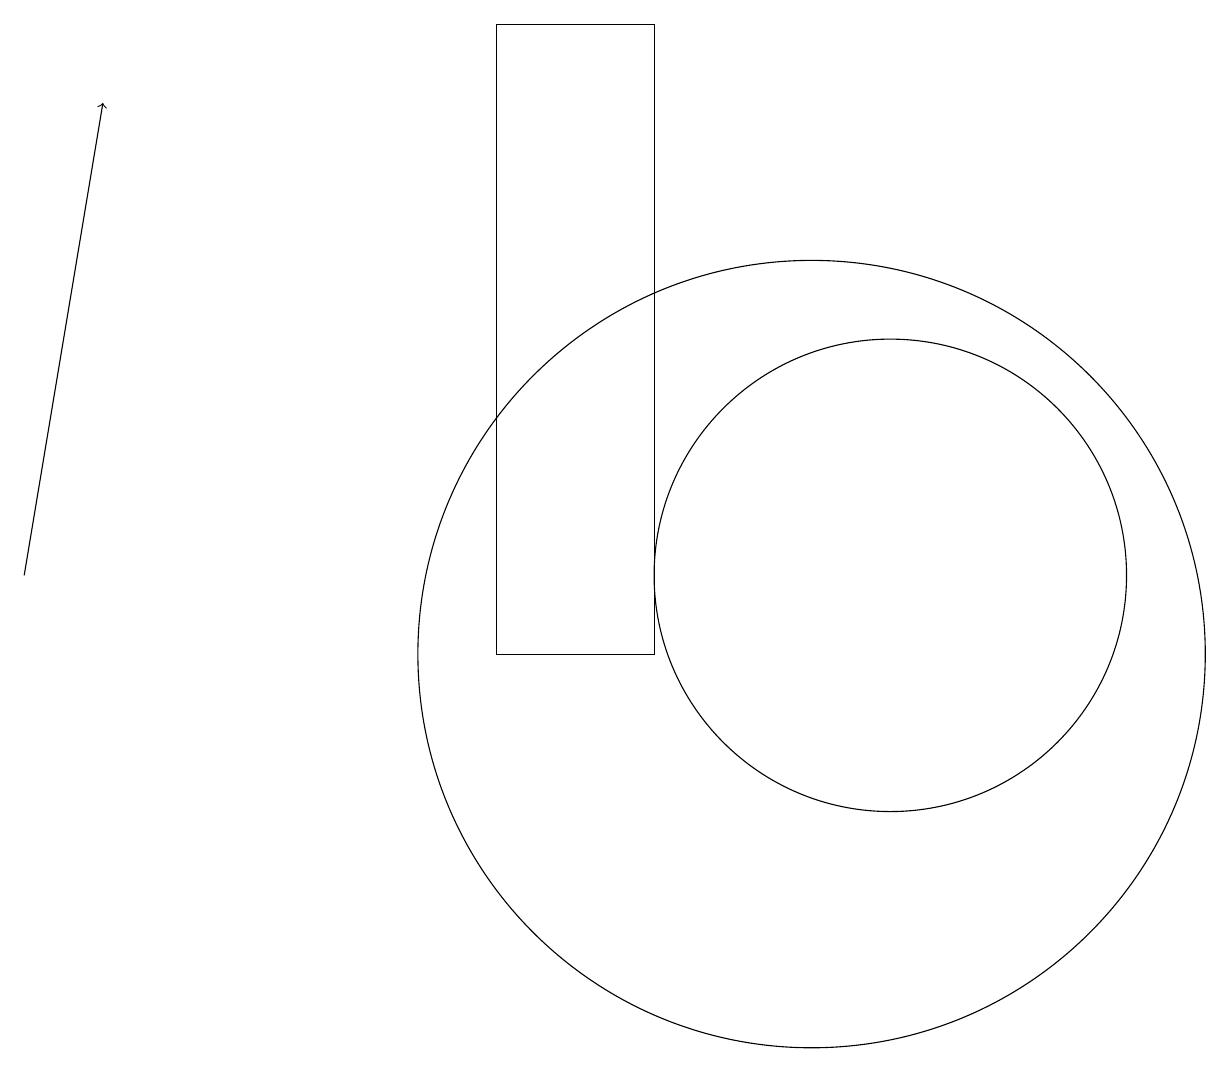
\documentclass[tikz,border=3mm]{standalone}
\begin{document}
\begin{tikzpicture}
\draw[->] (0,12) -- (1,18);
\draw (10,11) circle (5);
\draw (11,12) circle (3);
\draw (6,19) rectangle (8,11);
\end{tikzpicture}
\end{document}